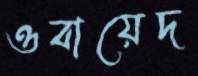
ওবায়েদ